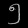
Digit: ၅